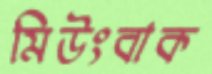
মিউংবাক